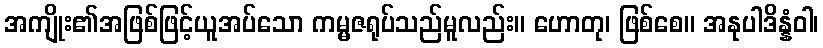
အကျိုး၏အဖြစ်ဖြင့်ယူအပ်သော ကမ္မဇရုပ်သည်မူလည်း။ ဟောတု၊ ဖြစ်စေ။ အနုပါဒိန္နံဝါ၊